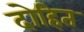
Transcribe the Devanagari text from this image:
दोहित